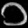
Digit: ၁